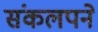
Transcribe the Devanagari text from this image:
संकलपने